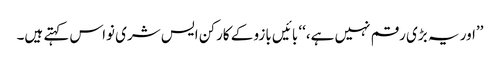
’’اور یہ بڑی رقم نہیں ہے،‘‘ بائیں بازو کے کارکن ایس شری نواس کہتے ہیں۔